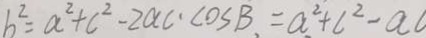
b ^ { 2 } = a ^ { 2 } + c ^ { 2 } - 2 a c \cdot \cos B . = a ^ { 2 } + c ^ { 2 } - a c